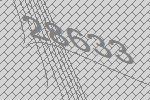
28633